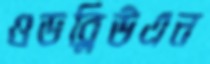
ওডব্লিউএন